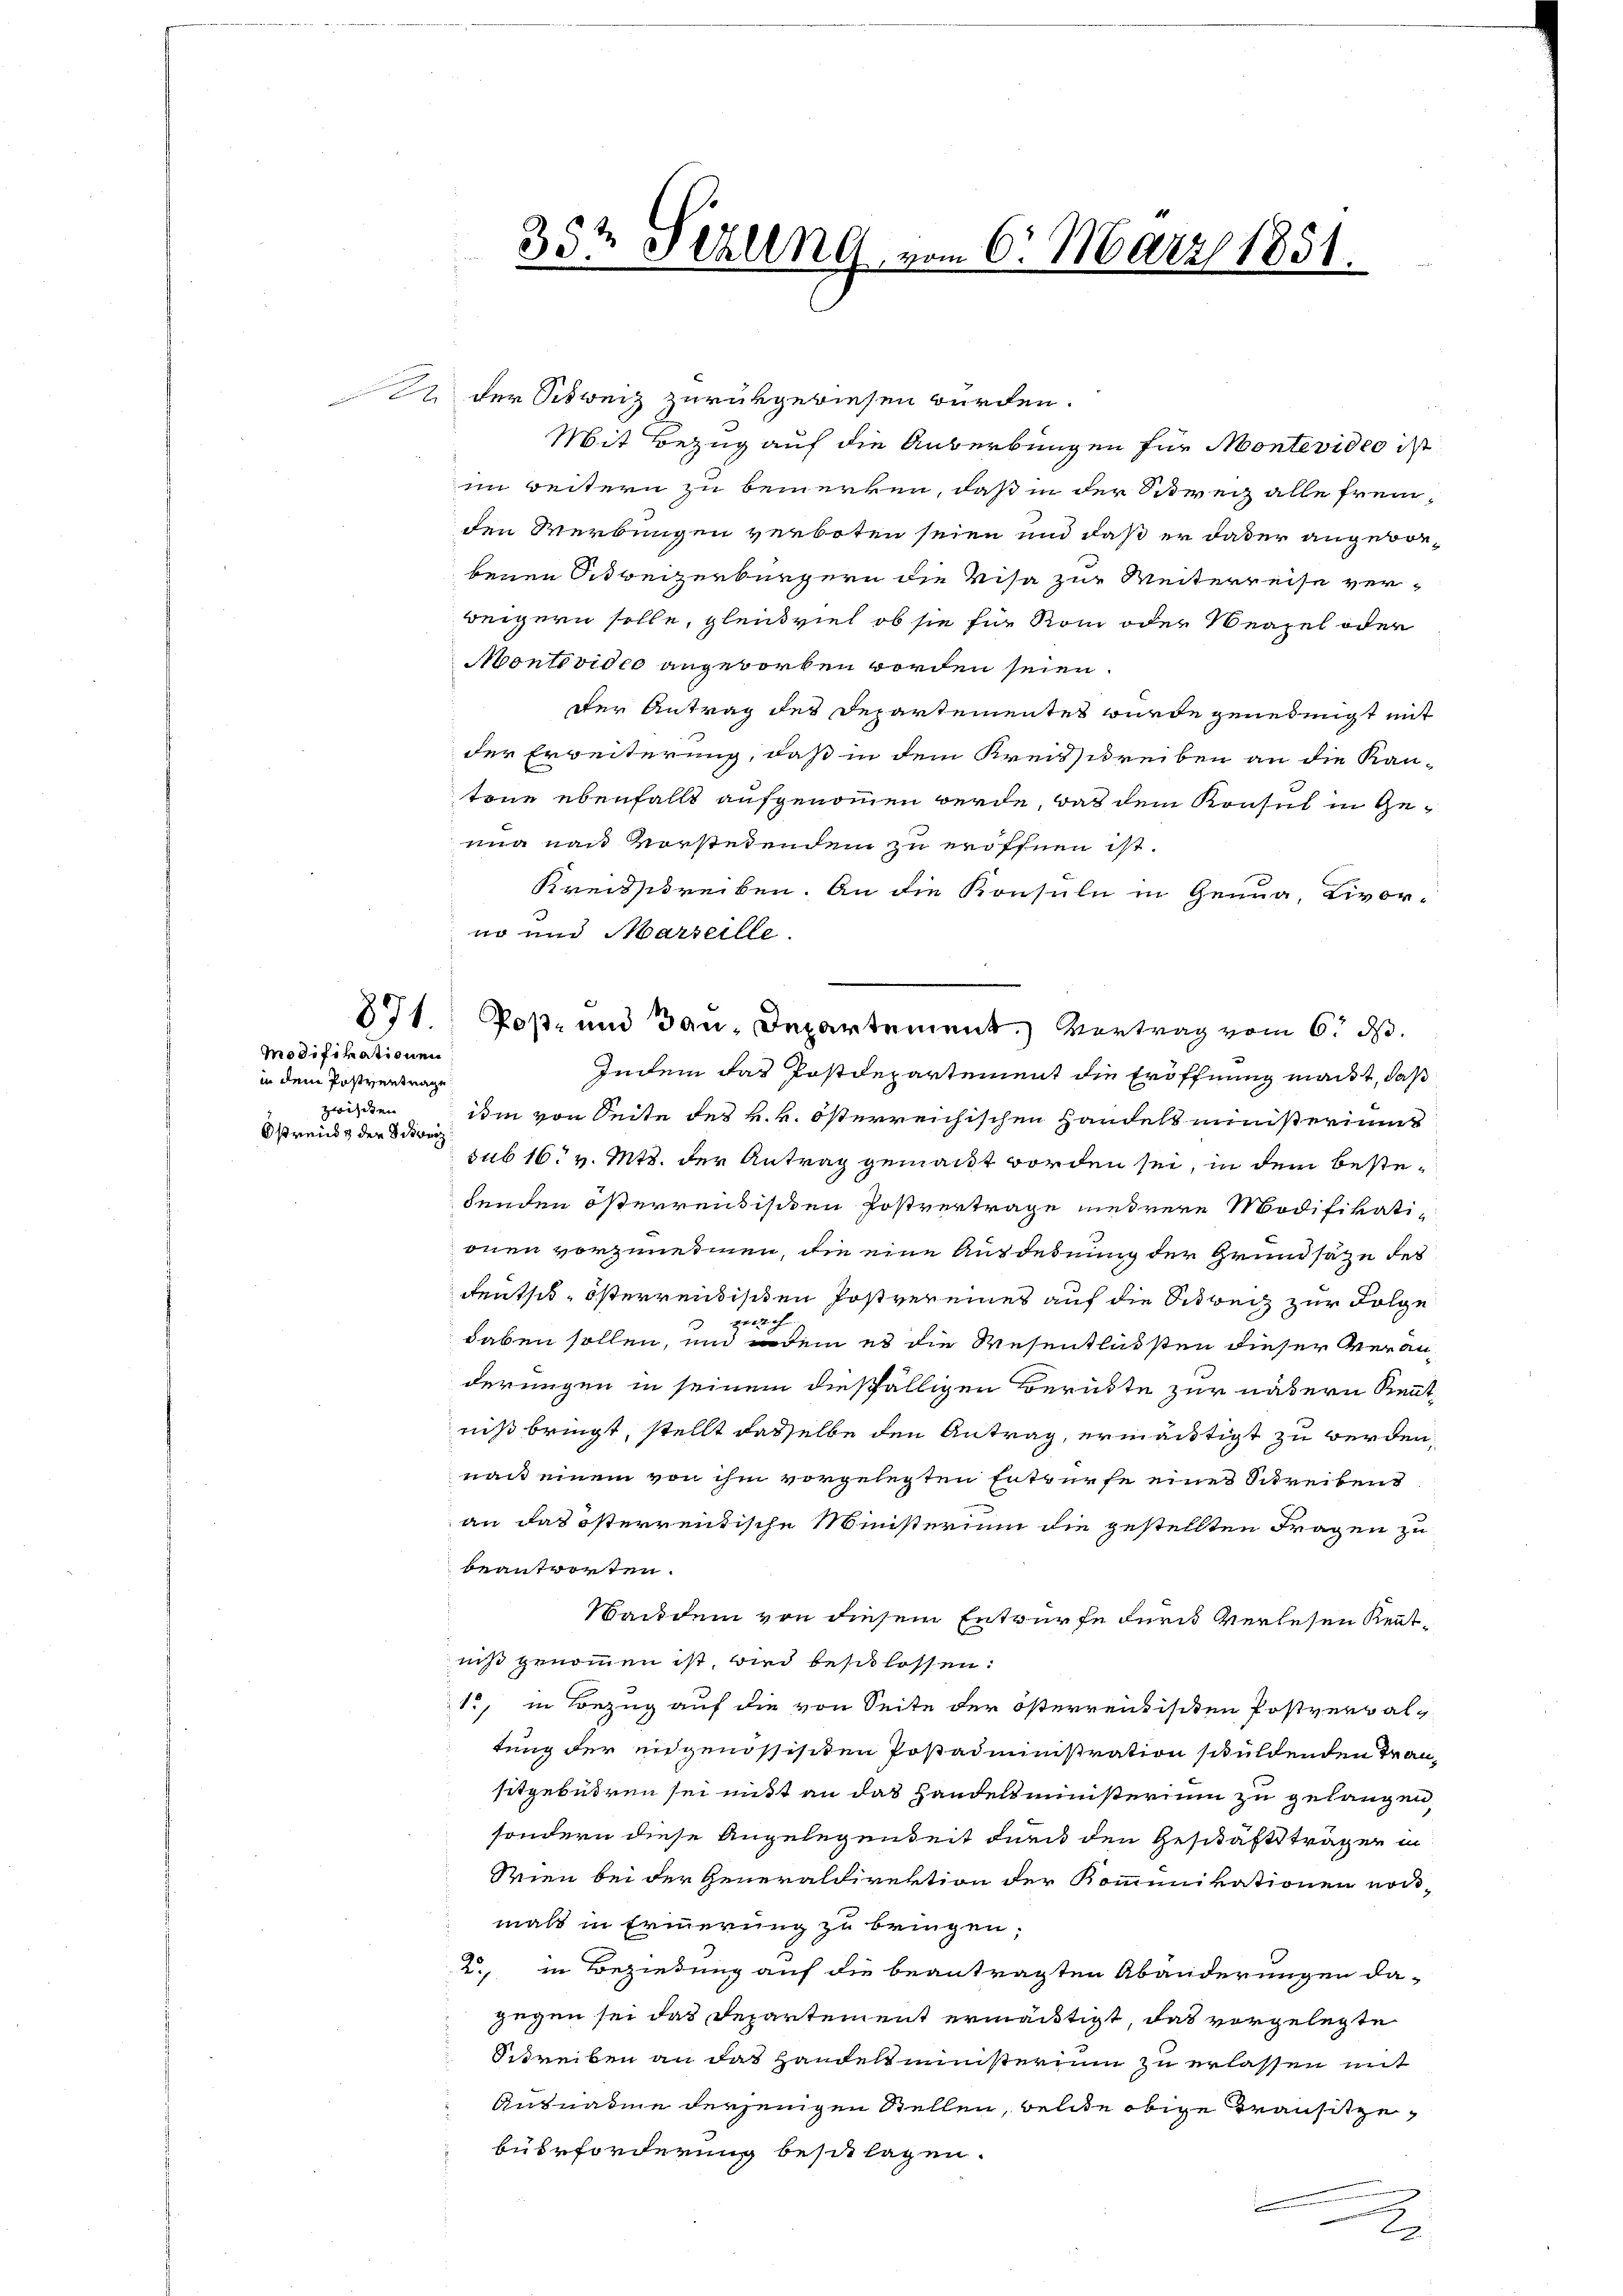
Modifikationen
in dem Postvertrage
zwiften
Ostreid & der Schweiz

22 der Schweiz zurückgewiesen würden.
Mit Bezug auf die Anberbungen für Montevideo ist
im weitern zu bemerken, daß in der Schweiz alle frem-
den Werbungen verboten seien und daß er daher angeborbenen Schweizerbürgern die Visa zur Weiterreise verweigern solle, gleichviel ob sie für Rom oder Neapel oder
Montevideo angeworben worden seien.
der Antrag der Departementes wurde genehmigt mit
der Erweiterung, daß in dem Kreisschreiben an die Kan-
trne ebenfalls aufgenommen werde, daß dem Konsul in Genua nach Vorstehendem zu eröffnen ist.
Kreisschreiben. An die Konsuln in Genua, Livor-
no und Marseille.
Indem das Postdepartement die Eröffnung macht, daß
isin von Seite des k. k. österreichischen Handelsministeriums
sub 16. v. Mts. der Antrag gemacht worden sei, in dem bestebenden österreusischen Postvertrage mehrere Modifikationen vorzunehmen, die eine Ausdehnung der Grundsätze des
deutsch-österrentisiten Postvereines auf die Schweiz zur Folge
2
haben sollen, und indem es die Wesentlussten dieser Veranderungen in seinem dießfälligen Berückte zur nähern Rent
niß bringt, stellt dasselbe den Antrag, ermäntigt zu werden,
nach einem von ihm vorgelegten Entwurfe eines Schreibens
an das österrentische Ministerium die gestellten Fragen zu
beantworten.
Nachdem von diesem Entwurfe durch Verlesen Rentniß genommen ist, wird beschlossen:
15, in Bezug auf die von Seite der österrentischen Postverbaltung der eidgenössischen Postadministration schuldenden Fransitgebühren sei nitt an das Handelsministerium zu gelangen,
sondern diese Angelegenheit durch den Geschäftsträgen in
Sien bei der Generaldirektion der Kommunikationen noc
mals in Erinnerung zu bringen.
2., in Beziehung auf die beantragten Abänderungen da-
gegen sei das Departement ermächtigt, das vorgelegte
Schreiben an das Handelsministerium zu erlassen mit
Ausnahme derjenigen Stellen, bele obige Transitzebüerforderung beschlagen.
x

35te Schling, vom 6. März 1851.

871. Post- und Bau-Departement. Vortrag vom 6. ds.